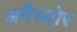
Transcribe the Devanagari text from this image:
अमैच्योर